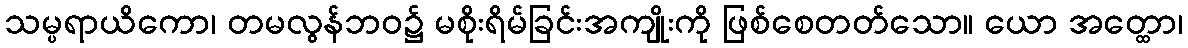
သမ္ပရာယိကော၊ တမလွန်ဘဝ၌ မစိုးရိမ်ခြင်းအကျိုးကို ဖြစ်စေတတ်သော။ ယော အတ္ထော၊